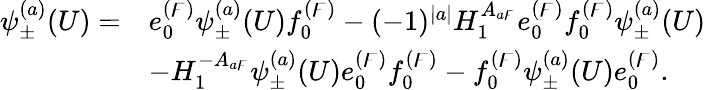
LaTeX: \begin{array}{rl}{\psi_{\pm}^{(a)}(U)=}&{e_{0}^{(\digamma)}\psi_{\pm}^{(a)}(U)f_{0}^{(\digamma)}-(-1)^{|a|}H_{1}^{A_{a\digamma}}e_{0}^{(\digamma)}f_{0}^{(\digamma)}\psi_{\pm}^{(a)}(U)}\\ &{-H_{1}^{-A_{a\digamma}}\psi_{\pm}^{(a)}(U)e_{0}^{(\digamma)}f_{0}^{(\digamma)}-f_{0}^{(\digamma)}\psi_{\pm}^{(a)}(U)e_{0}^{(\digamma)}.}\end{array}